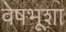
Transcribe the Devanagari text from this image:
वेषभूशा